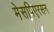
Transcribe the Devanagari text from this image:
मेसपिएरसन